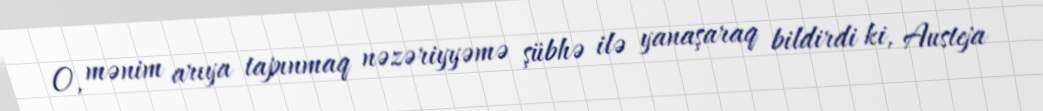
O, mənim arıya tapınmaq nəzəriyyəmə şübhə ilə yanaşaraq bildirdi ki, Austeja